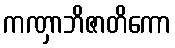
ကဏှာဘိဇာတိကော